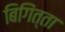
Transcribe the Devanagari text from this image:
बिगिंत्ता